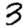
Digit: 3